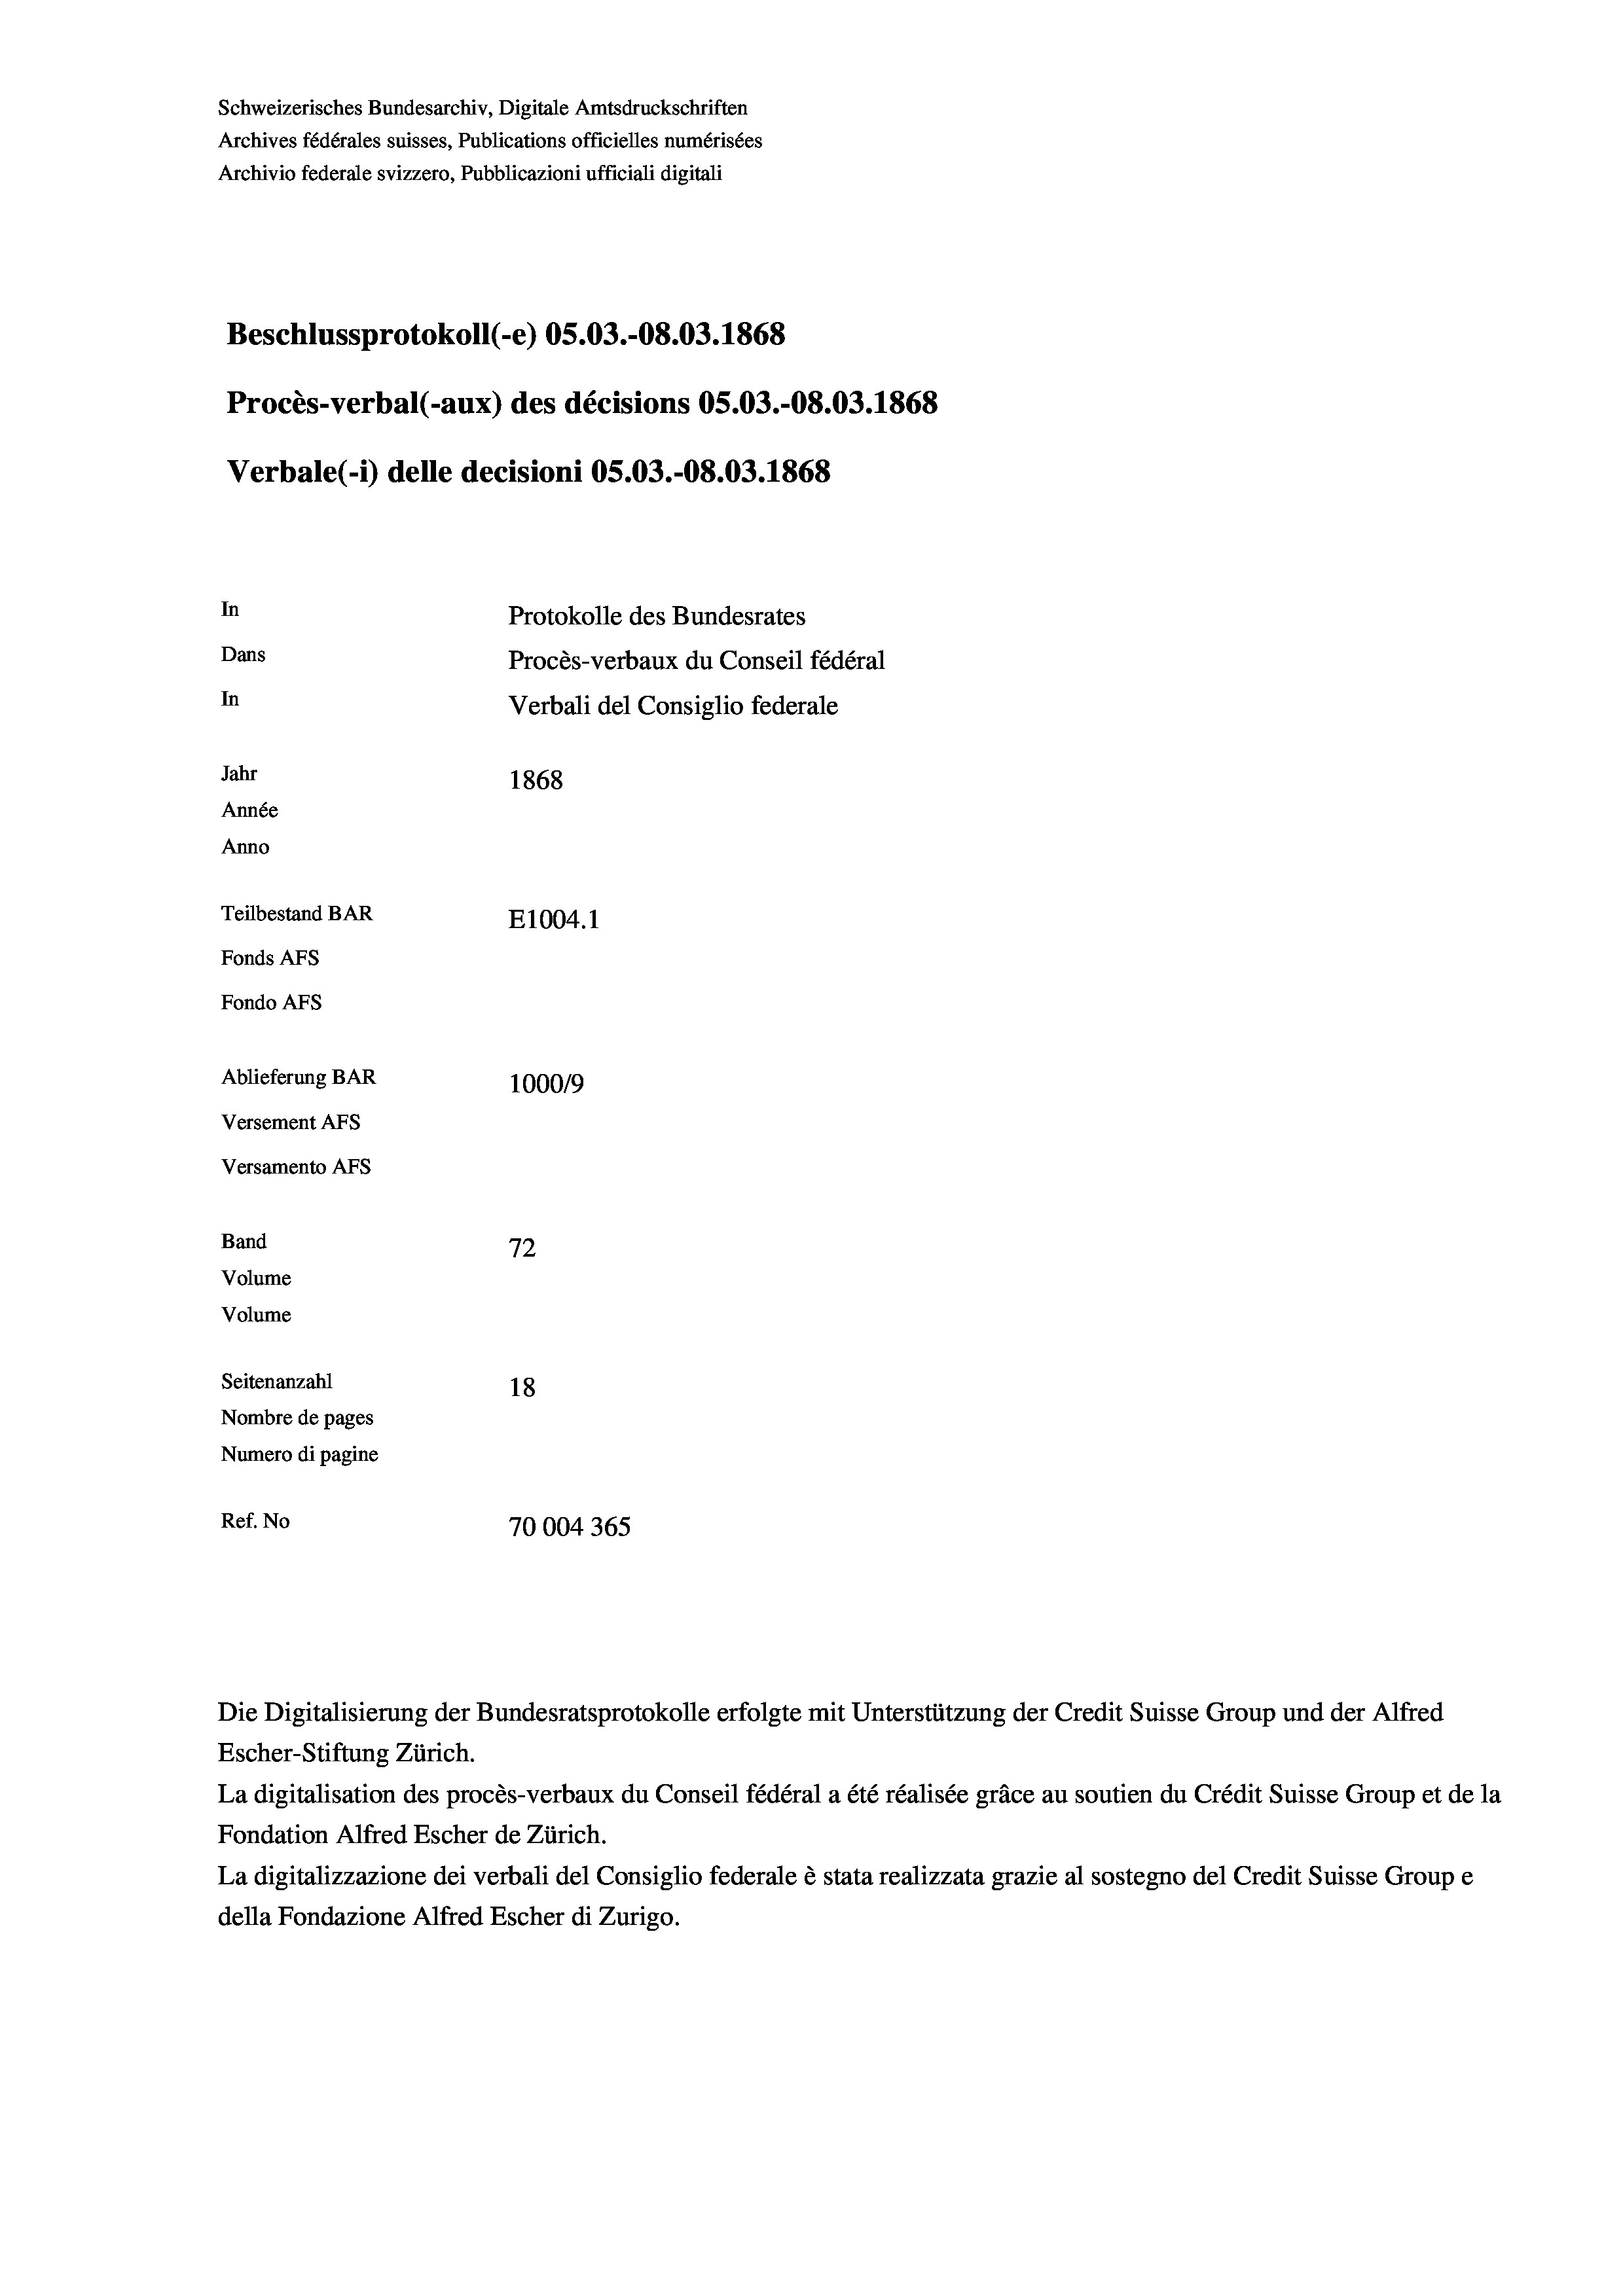
Schweizerisches Bundesarchiv, Digitale Amtsdruckschriften
Archives fédérales suisses, Publications officielles numérisées
Archivio federale svizzero, Pubblicazioni ufficiali digitali
Beschlussprotokoll (-e) OS.03.-O8.03. 1868
Procès-verbal (-aux) des décisions OS.03.-O8.03. 1868
Verbale (- 1) delle decisioni OS.O3.-O8.03. 1868
In
Protokolle des Bundesrates
Dans
Procès-verbaux du Conseil fédéral
In
Verbali del Consiglio federale
Jahr
1868
Année
Anno
Teilbestand BAR
E1004. 1
Fonds AFs
Fondo Afs
Ablieferung BAR
100019
Versement AFs
Versamento AFs
e
Band
72
Volume
Volume
Seitenanzahl
18
Nombre de pages
Numero di pagine
Ref. No
70004 365

La digitalisation des procès-verbaux du Conseil fédéral a été réalisée gräce au soutien du Crédit Suisse Group et de la
Fondation Alfred Escher de Zürich.
La digitalizzazione dei verbali del Consiglio federale è stata realizzata grazie al sostegno del Credit Suisse Groupe
della Fondazione Alfred Escher di Zurigo.

Die Digitalisierung der Bundesratsprotokolle erfolgte mit Unterstützung der Credit Suisse Group und der Alfred
Escher-Stiftung Zürich.